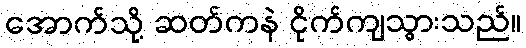
အောက်သို့ ဆတ်ကနဲ ငိုက်ကျသွားသည်။